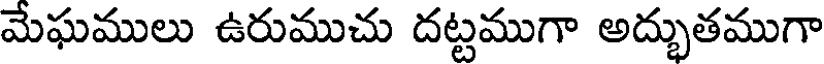
మేఘములు ఉరుముచు దట్టముగా అద్భుతముగా